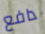
دافع